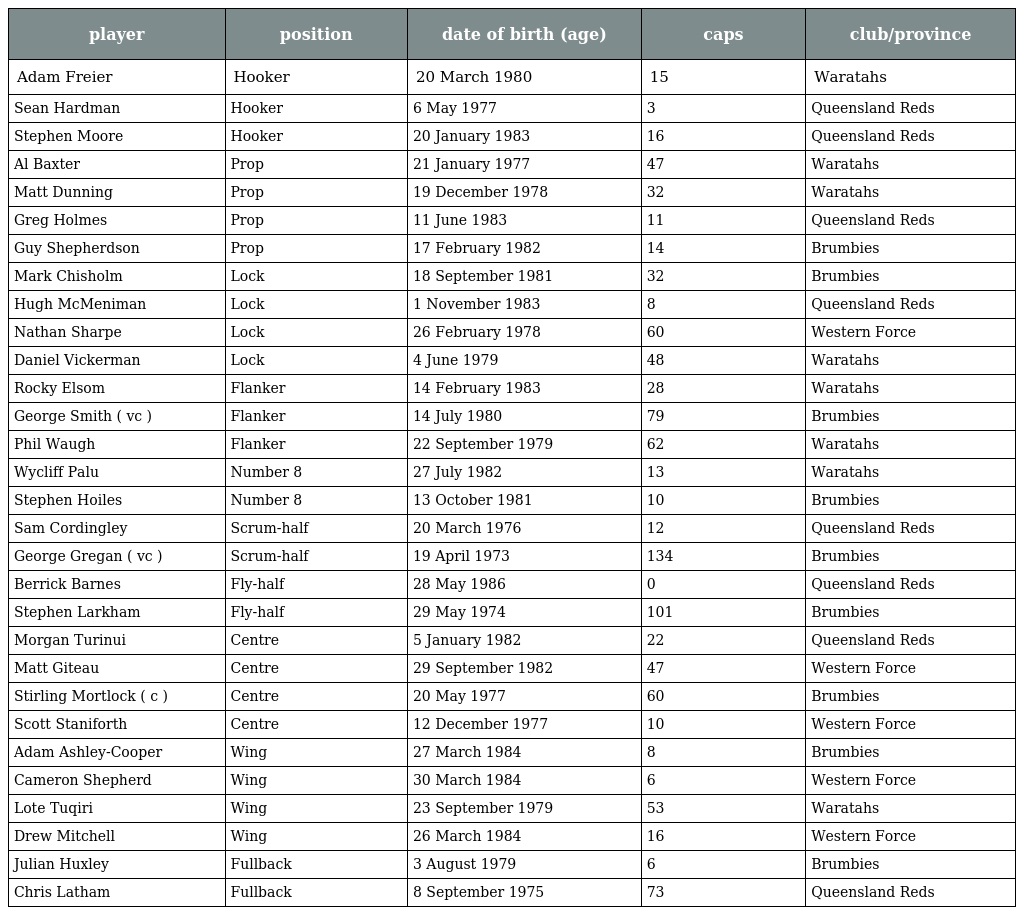
| player | position | date of birth (age) | caps | club/province |
 | --- | --- | --- | --- | --- |
 | Adam Freier | Hooker | 20 March 1980 | 15 | Waratahs |
 | Sean Hardman | Hooker | 6 May 1977 | 3 | Queensland Reds |
 | Stephen Moore | Hooker | 20 January 1983 | 16 | Queensland Reds |
 | Al Baxter | Prop | 21 January 1977 | 47 | Waratahs |
 | Matt Dunning | Prop | 19 December 1978 | 32 | Waratahs |
 | Greg Holmes | Prop | 11 June 1983 | 11 | Queensland Reds |
 | Guy Shepherdson | Prop | 17 February 1982 | 14 | Brumbies |
 | Mark Chisholm | Lock | 18 September 1981 | 32 | Brumbies |
 | Hugh McMeniman | Lock | 1 November 1983 | 8 | Queensland Reds |
 | Nathan Sharpe | Lock | 26 February 1978 | 60 | Western Force |
 | Daniel Vickerman | Lock | 4 June 1979 | 48 | Waratahs |
 | Rocky Elsom | Flanker | 14 February 1983 | 28 | Waratahs |
 | George Smith ( vc ) | Flanker | 14 July 1980 | 79 | Brumbies |
 | Phil Waugh | Flanker | 22 September 1979 | 62 | Waratahs |
 | Wycliff Palu | Number 8 | 27 July 1982 | 13 | Waratahs |
 | Stephen Hoiles | Number 8 | 13 October 1981 | 10 | Brumbies |
 | Sam Cordingley | Scrum-half | 20 March 1976 | 12 | Queensland Reds |
 | George Gregan ( vc ) | Scrum-half | 19 April 1973 | 134 | Brumbies |
 | Berrick Barnes | Fly-half | 28 May 1986 | 0 | Queensland Reds |
 | Stephen Larkham | Fly-half | 29 May 1974 | 101 | Brumbies |
 | Morgan Turinui | Centre | 5 January 1982 | 22 | Queensland Reds |
 | Matt Giteau | Centre | 29 September 1982 | 47 | Western Force |
 | Stirling Mortlock ( c ) | Centre | 20 May 1977 | 60 | Brumbies |
 | Scott Staniforth | Centre | 12 December 1977 | 10 | Western Force |
 | Adam Ashley-Cooper | Wing | 27 March 1984 | 8 | Brumbies |
 | Cameron Shepherd | Wing | 30 March 1984 | 6 | Western Force |
 | Lote Tuqiri | Wing | 23 September 1979 | 53 | Waratahs |
 | Drew Mitchell | Wing | 26 March 1984 | 16 | Western Force |
 | Julian Huxley | Fullback | 3 August 1979 | 6 | Brumbies |
 | Chris Latham | Fullback | 8 September 1975 | 73 | Queensland Reds |